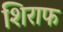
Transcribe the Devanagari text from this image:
शिराफ